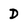
Character: D